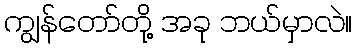
ကျွန်တော်တို့ အခု ဘယ်မှာလဲ။